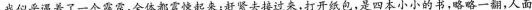
我似乎遇着了一个霹雳，全体都震悚起来；赶紧去接过来，打开纸包，是四本小小的书，略略一翻，人面